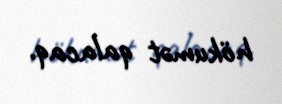
hökumət qalacaq.